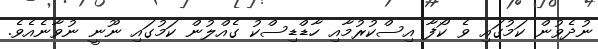
ނުދެވުން ކަމުގައި ވެ ކޯފާ އިސްކުރުމާއި ހާޑްޑިސްކު ގެއްލުން ކަމުގައި ނޫނީ ނުވާނެއެވެ.